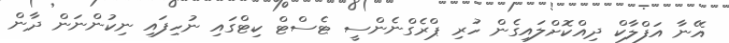
އޭނާ އަފްލާކް ދިއްކޮށްލައިގެން ހުރި ޕްރެގްނެންސީ ޓެސްޓް ކިޓްގައި ނުހިފައި ނިކުންނަން ދާން